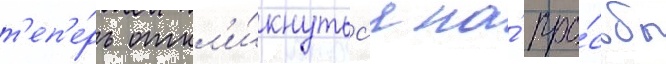
т'еп'е́рь откл'и́кнутьс'я на́ про́сьбы